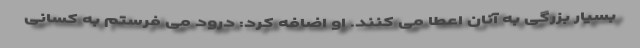
بسیار بزرگی به آنان اعطا می کنند. او اضافه کرد: درود می فرستم به کسانی